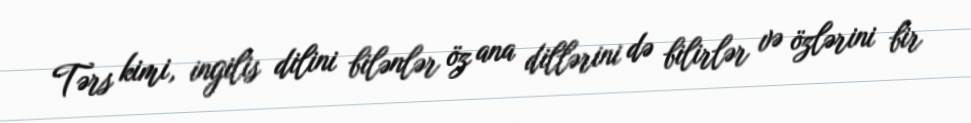
Tərs kimi, ingilis dilini bilənlər öz ana dillərini də bilirlər və özlərini bir